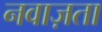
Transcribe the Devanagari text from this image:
नवाज़ता